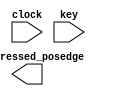
/* Key pressed
 * -------------------------
 * ELEC5566M: Assignment 2
 * By: Luke Stock 
 * SID: 201148579
 *
 * Module Description:
 * -------------------
 * Module for key buttons pressed. 
 * Ensures key button is not held high after 
 * being released. 
 */
module KeyPressed (
	// Declare inputs
	input clock,                 // Clock 
	input [3:0] key,             // Key input to enter password
	output [3:0] key_pressed_posedge  // Key output on posedge

);

reg signal_delay;                

always @( posedge clock ) begin // At the rising edge of the clock
	
	signal_delay <= key;         // Delay the signal by 1 clock cycle  
    
end

// The output (key_pressed) gets passed the key value when 
// a button is pressed and remains HIGH for 1 clock cyle. 
// After 1 clock cycle the output is cleared and returns 
// LOW when the delay signal transitions

assign key_pressed_edge = key & ~(signal_delay);

endmodule